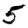
Digit: 5